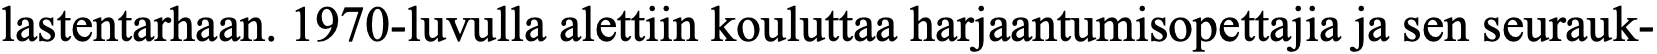
lastentarhaan. 1970-luvulla alettiin kouluttaa harjaantumisopettajia ja sen seurauk-